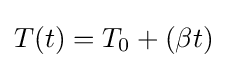
T(t)=T_{0}+(\beta t)